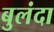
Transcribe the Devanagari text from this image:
बुलंदा